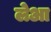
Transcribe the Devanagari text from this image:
लेआ